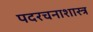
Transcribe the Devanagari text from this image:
पदरचनाशास्त्र